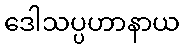
ဒေါသပ္ပဟာနာယ